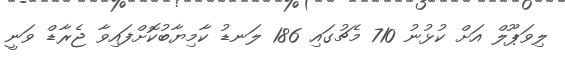
ލިވަޕޫލް އަށް ކުޅުނު 710 މެޗުގައި 186 ލަނޑު ކާމިޔާބުކޮށްފައިވާ ޖެރާޑް ވަނީ